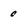
Character: 0